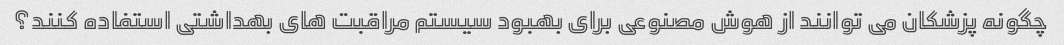
چگونه پزشکان می توانند از هوش مصنوعی برای بهبود سیستم مراقبت های بهداشتی استفاده کنند؟